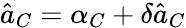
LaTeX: \hat{a}_{C}=\alpha_{C}+\delta\hat{a}_{C}